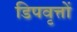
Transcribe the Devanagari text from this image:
डिपवृत्तों